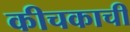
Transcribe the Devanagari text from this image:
कीचकाची